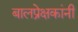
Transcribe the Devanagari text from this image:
बालप्रेक्षकांनी